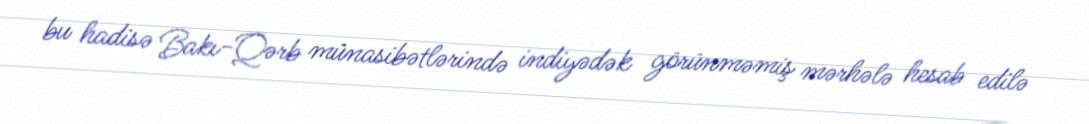
bu hadisə Bakı-Qərb münasibətlərində indiyədək görünməmiş mərhələ hesab edilə